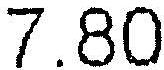
7.80